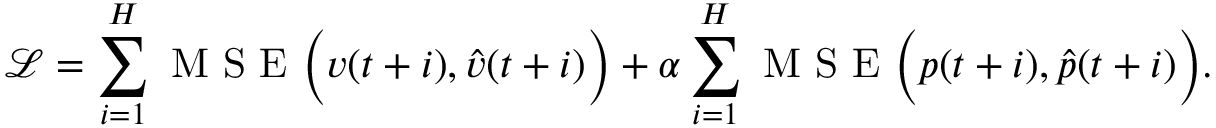
\mathcal { L } = \sum _ { i = 1 } ^ { H } \mathrm { ~ M ~ S ~ E ~ } \Big ( v ( t + i ) , \hat { v } ( t + i ) \Big ) + \alpha \sum _ { i = 1 } ^ { H } \mathrm { ~ M ~ S ~ E ~ } \Big ( p ( t + i ) , \hat { p } ( t + i ) \Big ) .